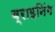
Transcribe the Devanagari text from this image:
ब्राइनिंग